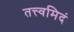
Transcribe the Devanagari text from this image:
तत्त्वमिदं